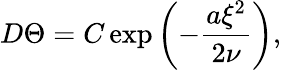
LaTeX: D\Theta=C\exp\left(-\frac{a\xi^{2}}{2\nu}\right),